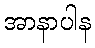
အာနာပါန